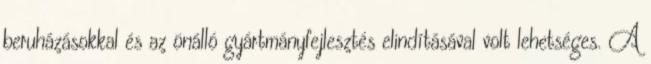
beruházásokkal és az önálló gyártmányfejlesztés elindításával volt lehetséges. A